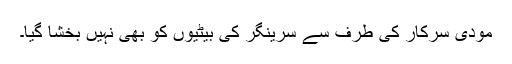
مودی سرکار کی طرف سے سرینگر کی بیٹیوں کو بھی نہیں بخشا گیا۔